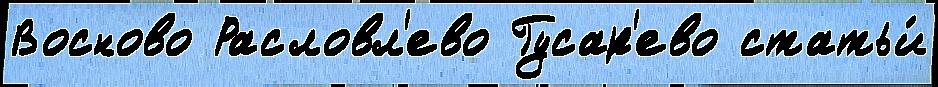
Восново Расловл'ево Гусар'ево статьи́